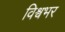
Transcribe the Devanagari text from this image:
विश्र्वभर